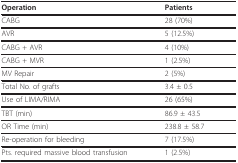
<table><thead><tr><td><b>Operation</b></td><td><b>Patients</b></td></tr></thead><tbody><tr><td>CABG</td><td>28 (70%)</td></tr><tr><td>AVR</td><td>5 (12.5%)</td></tr><tr><td>CABG + AVR</td><td>4 (10%)</td></tr><tr><td>CABG + MVR</td><td>1 (2.5%)</td></tr><tr><td>MV Repair</td><td>2 (5%)</td></tr><tr><td>Total No. of grafts</td><td>3.4 ± 0.5</td></tr><tr><td>Use of LIMA/RIMA</td><td>26 (65%)</td></tr><tr><td>TBT (min)</td><td>86.9 ± 43.5</td></tr><tr><td>OR Time (min)</td><td>238.8 ± 58.7</td></tr><tr><td>Re-operation for bleeding</td><td>7 (17.5%)</td></tr><tr><td>Pts. required massive blood transfusion</td><td>1 (2.5%)</td></tr></tbody></table>